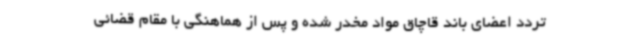
تردد اعضای باند قاچاق مواد مخدر شده و پس از هماهنگی با مقام قضائی